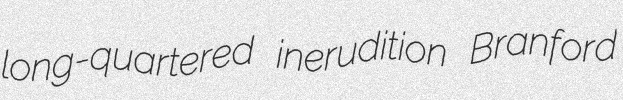
long-quartered inerudition Branford